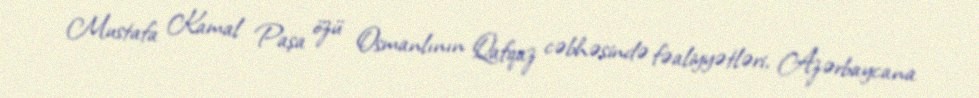
Mustafa Kamal Paşa özü Osmanlının Qafqaz cəbhəsində fəaliyyətləri, Azərbaycana